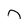
Character: n